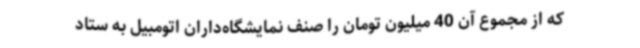
که از مجموع آن 40 میلیون تومان را صنف نمایشگاه‌داران اتومبیل به ستاد